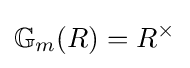
\mathbb {G} _{m}(R)=R^{\times }